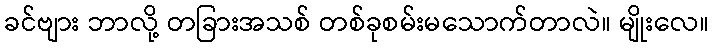
ခင်ဗျား ဘာလို့ တခြားအသစ် တစ်ခုစမ်းမသောက်တာလဲ။ မျိုးလေ။